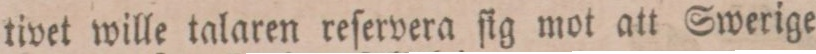
tivet wille talaren reſervera ſig mot att Swerige